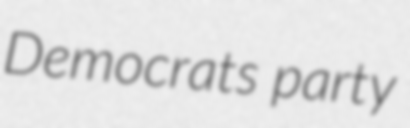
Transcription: Democrats party